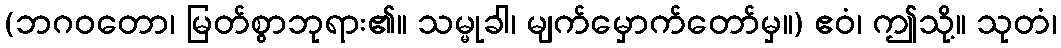
(ဘဂဝတော၊ မြတ်စွာဘုရား၏။ သမ္မုခါ၊ မျက်မှောက်တော်မှ။) ဧဝံ၊ ဤသို့။ သုတံ၊